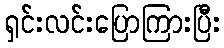
ရှင်းလင်းပြောကြားပြီး